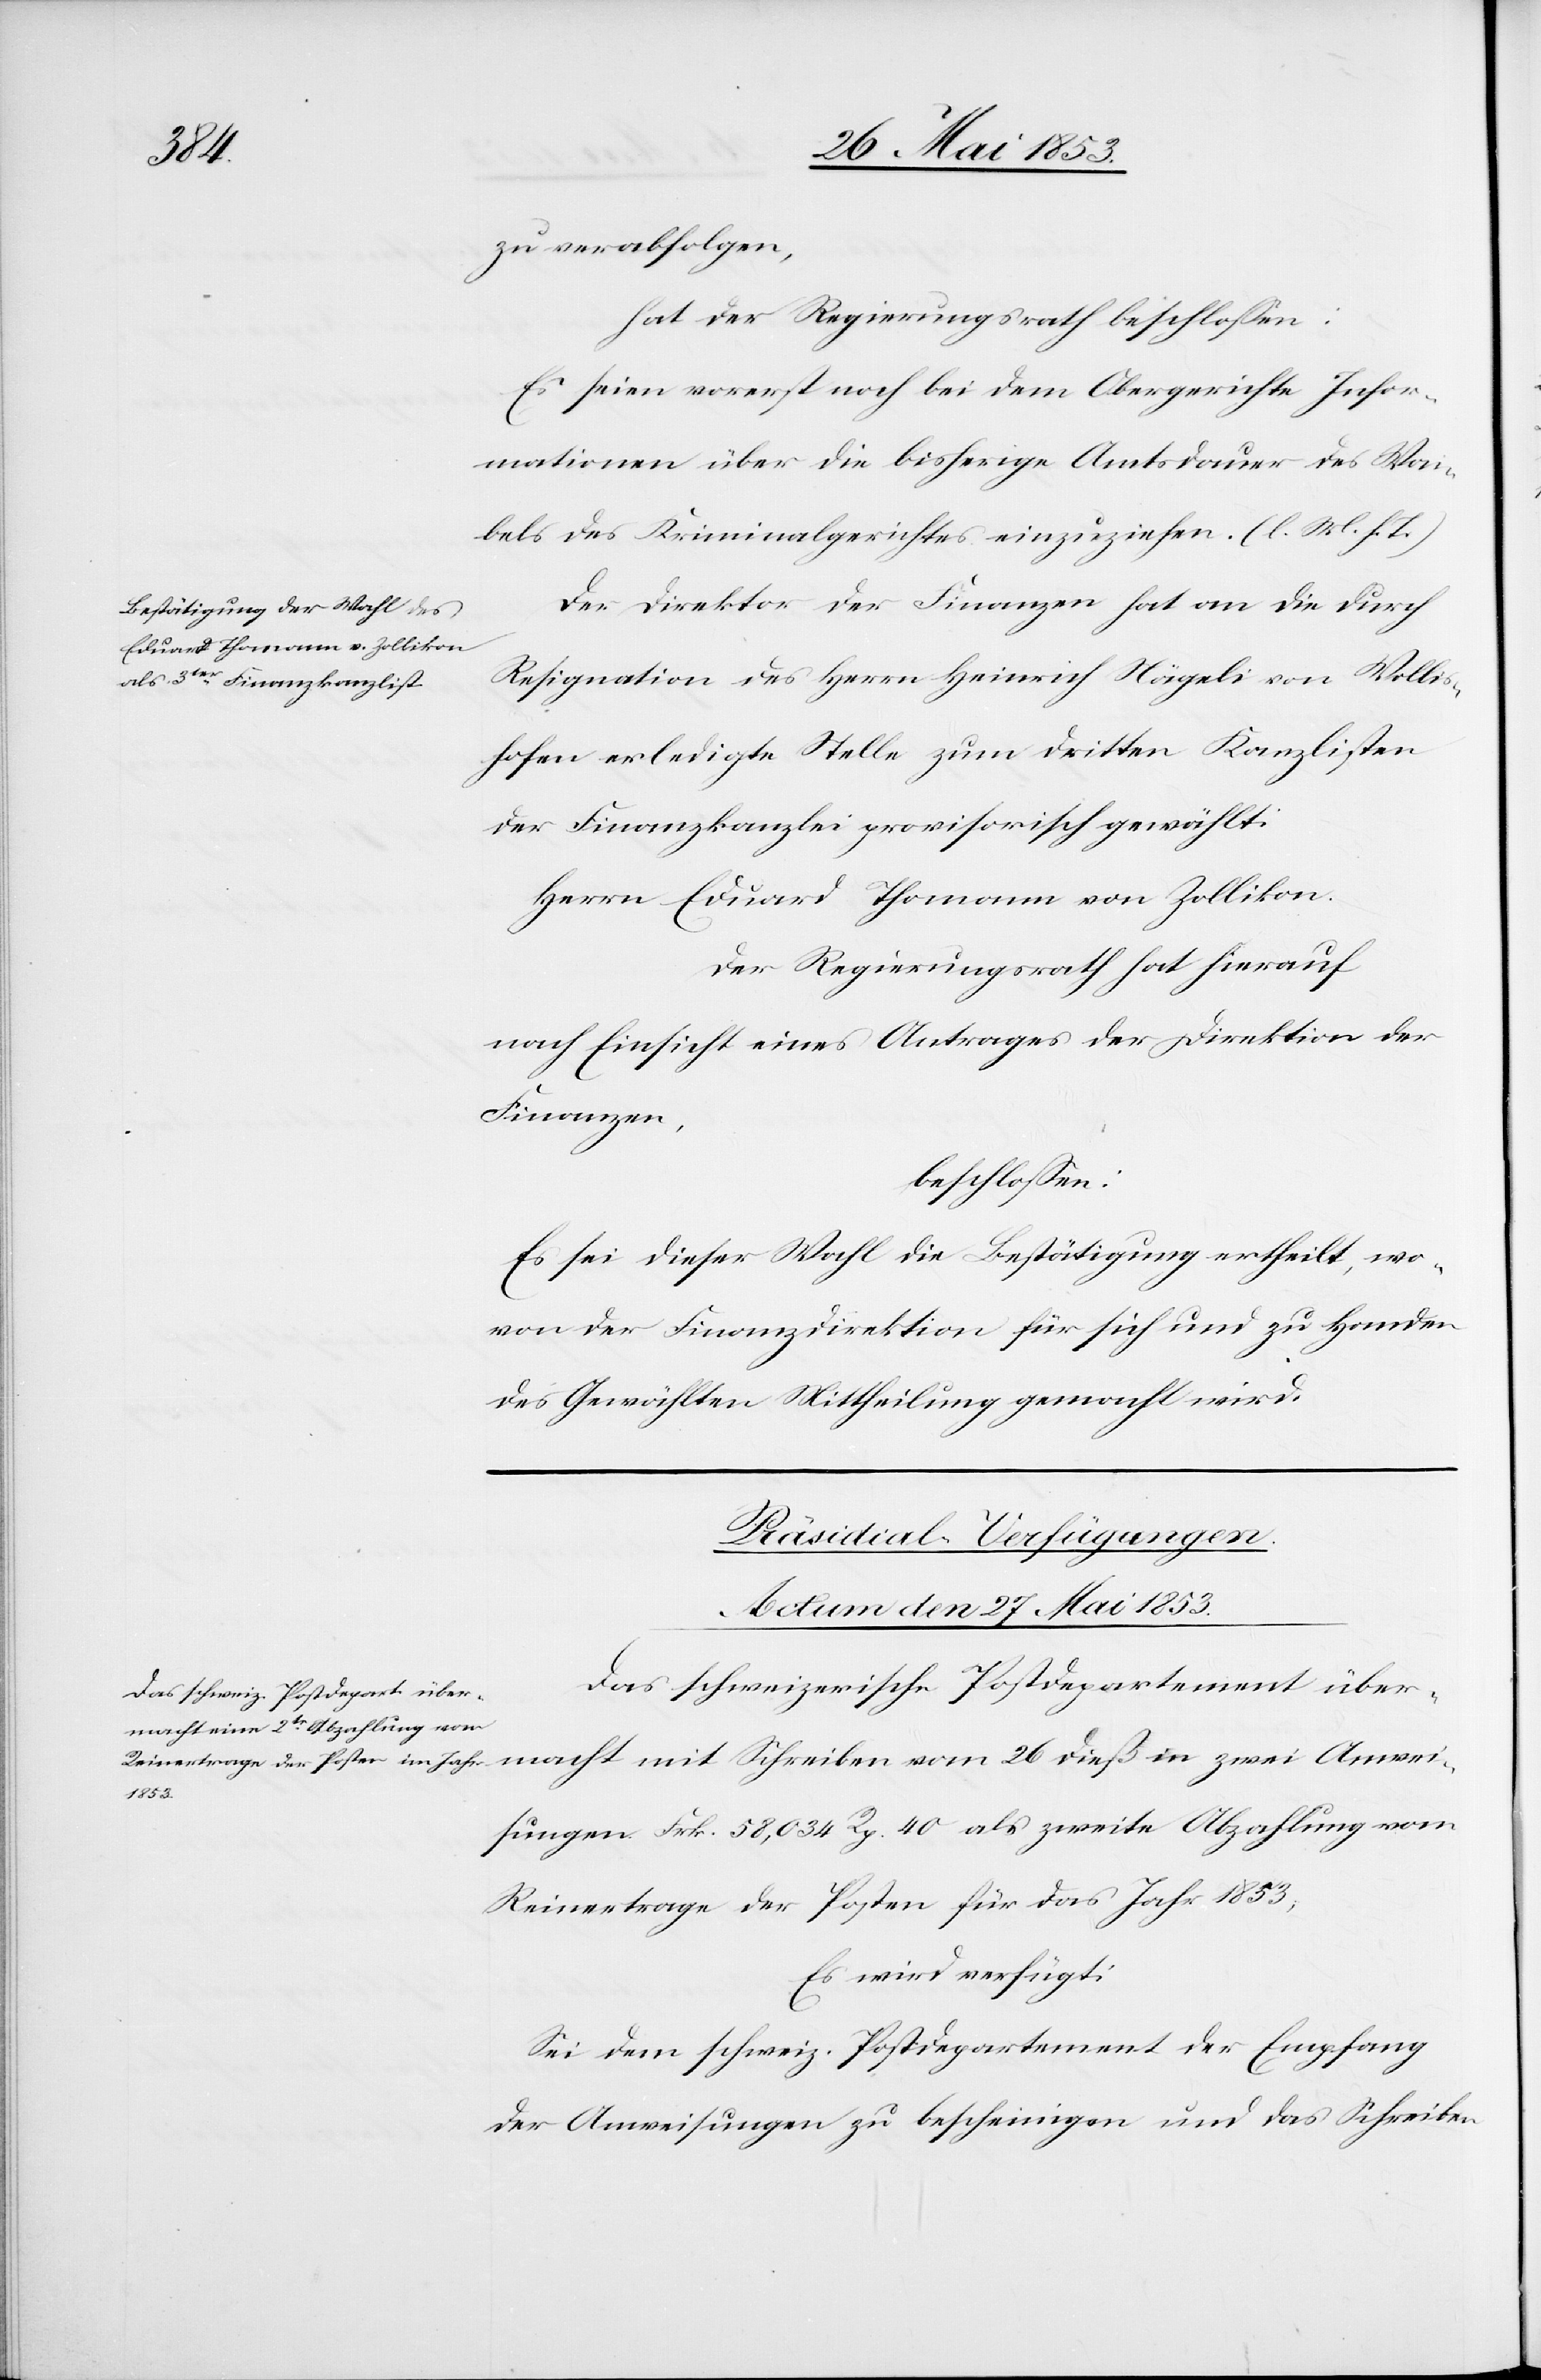
Anwei¬
zu verabfolgen,
hat der Regierungsrath beschloßen:
Es seien vorerst noch bei dem Obergerichte Infor¬
mationen über die bisherige Amtsdauer des Wai¬
bels des Kriminalgerichtes einzuziehen. [l. M. h. T]
Der Direktor der Finanzen hat an die durch
Resignation des Herrn Heinrich Nägeli von Wollis¬
hofen erledigte Stelle zum dritten Kanzlisten
der Finanzkanzlei provisorisch gewählt:
Herrn Eduard Thomann von Zollikon.
Der Regierungsrath hat hierauf
nach Einsicht eines Antrages der Direktion der
Finanzen,
beschloßen:
Es sei dieser Wahl die Bestätigung ertheilt, wo¬
von der Finanzdirektion für sich und zu Handen
des Gewählten Mittheilung gemacht wird.
Präsidial-Verfügungen.
Actum den 27 Mai 1853.
Das schweizerische Postdepartement über¬
sungen Frk. 58,034 Rp. 40 als zweite Abzahlung vom
Reinertrage der Posten für das Jahr 1853,
Es wird verfügt:
Sei dem schweiz. Postdepartement der Empfang
der Anweisungen zu bescheinigen und das Schreiben